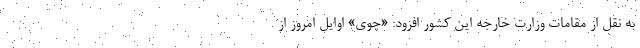
به نقل از مقامات وزارت خارجه این کشور افزود: «چوی» اوایل امروز از